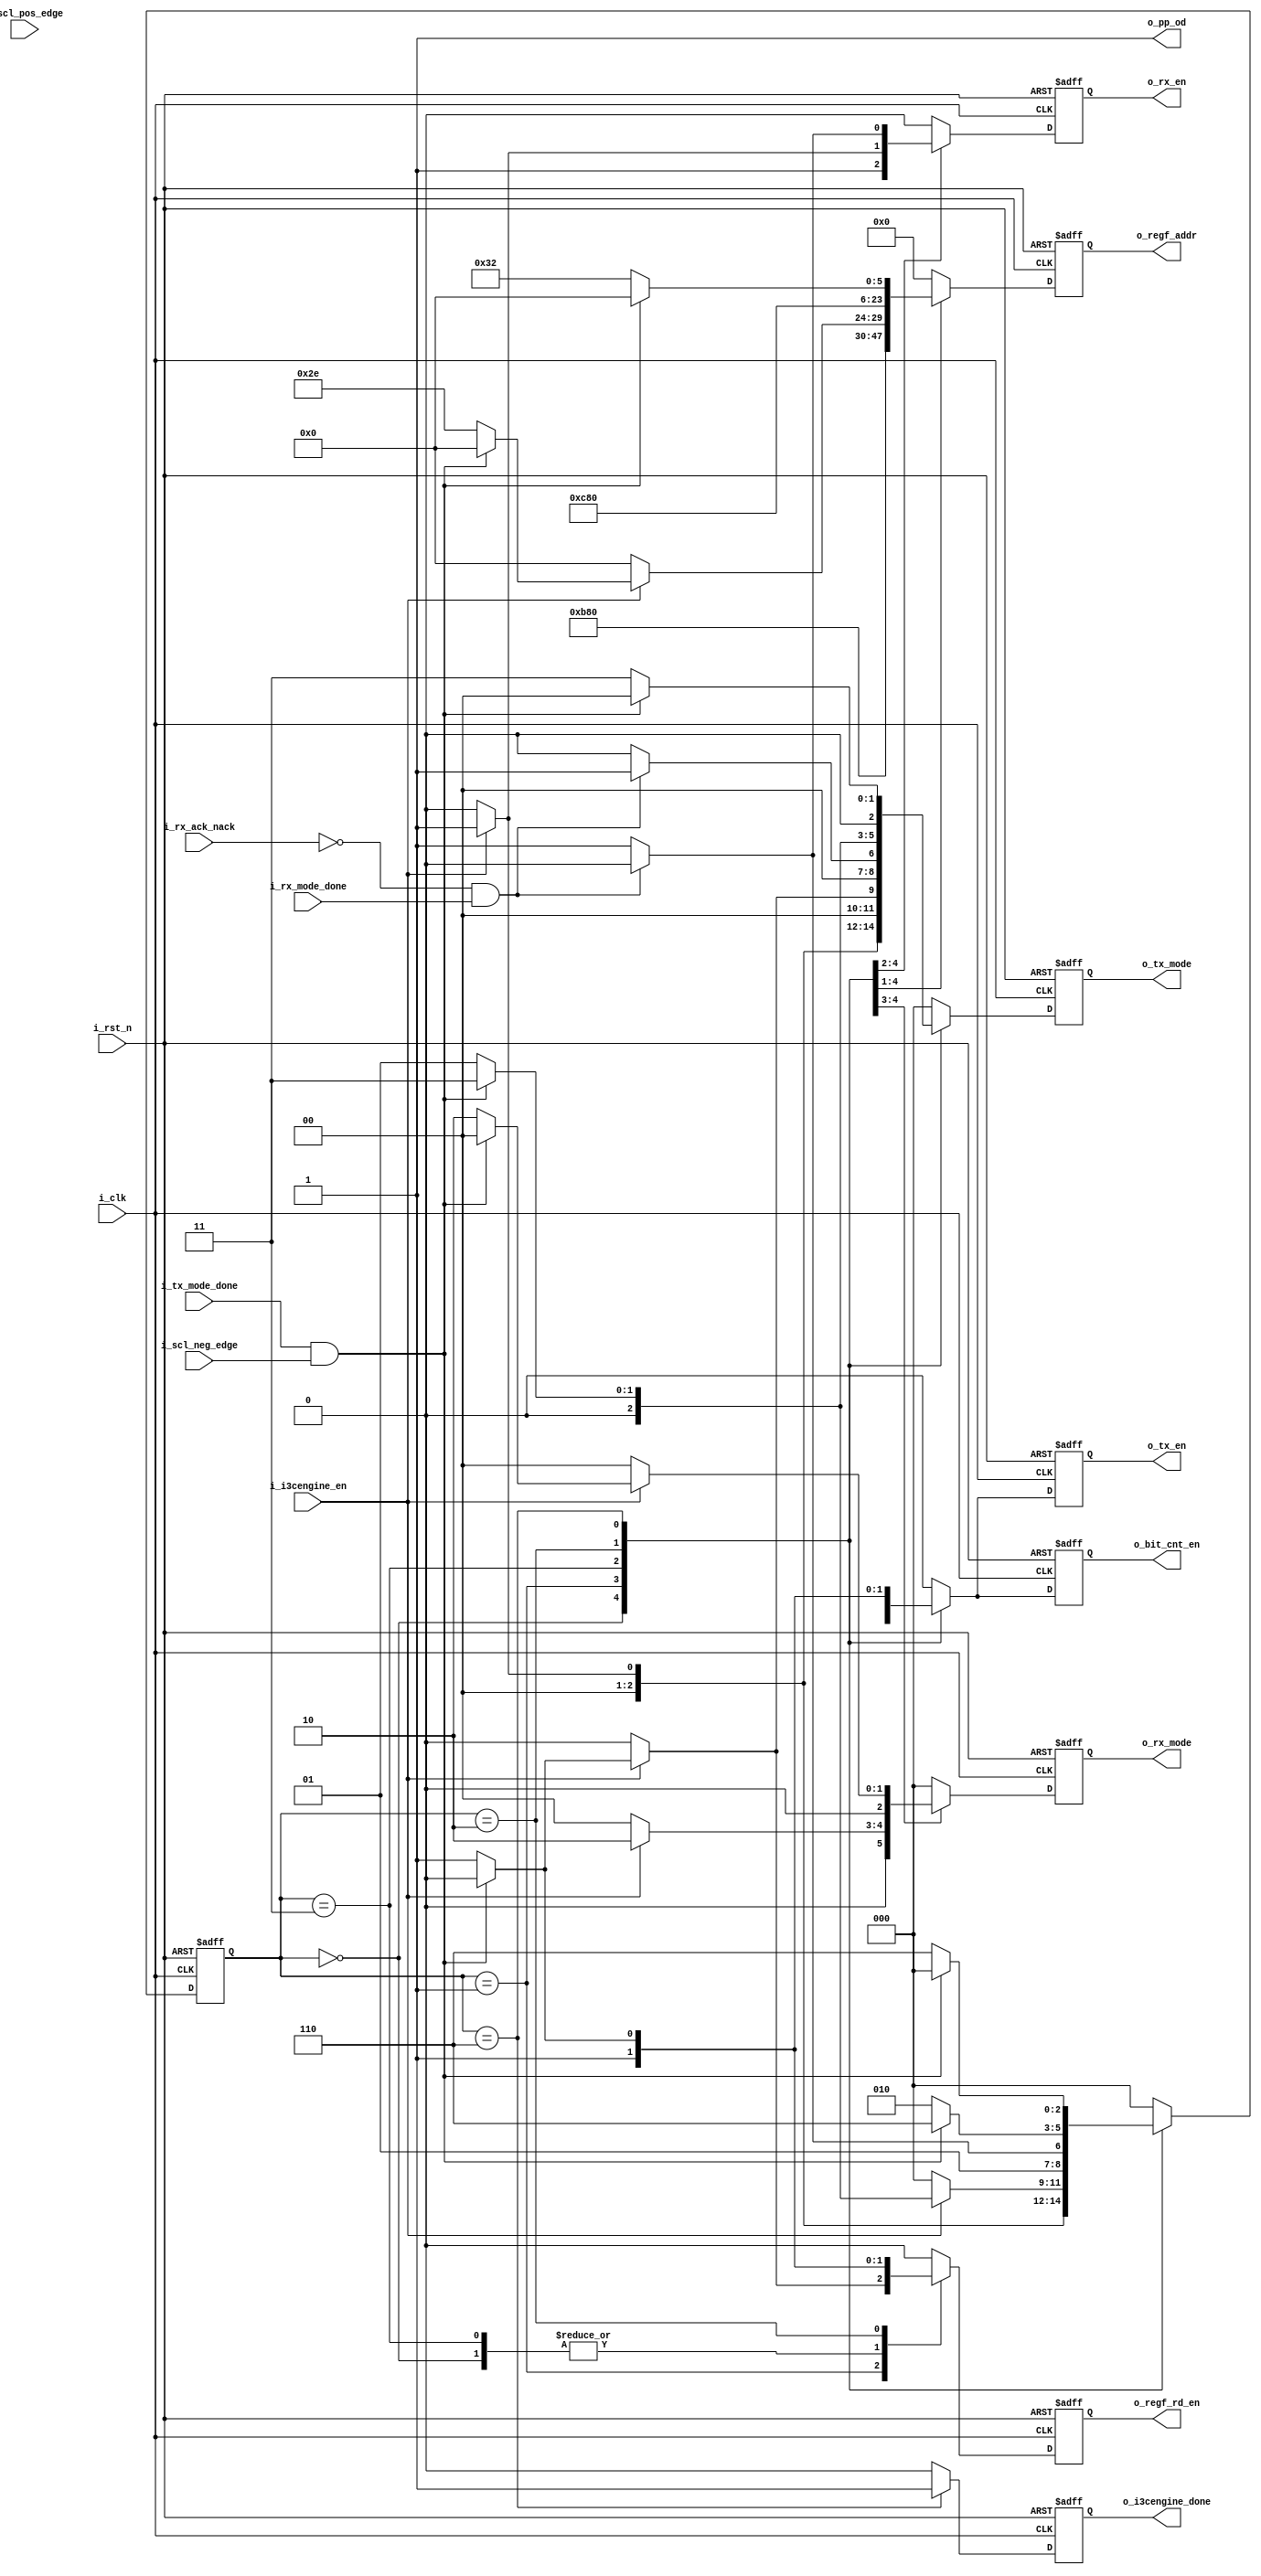
module enthdr (
  input   wire             i_clk           ,
  input   wire             i_rst_n         ,
  input   wire             i_i3cengine_en  ,
  input   wire             i_tx_mode_done  ,
  input   wire             i_rx_ack_nack   ,
  input   wire             i_scl_neg_edge  ,
  input   wire             i_rx_mode_done  ,
  input   wire             i_scl_pos_edge  ,
  
  output  wire             o_pp_od         , 
  output  reg              o_bit_cnt_en    ,   
  output  reg              o_regf_rd_en    ,
  output  reg     [11:0]   o_regf_addr     ,
  output  reg              o_tx_en         ,
  output  reg     [2:0]    o_tx_mode       ,
  output  reg              o_rx_en         ,
  output  reg     [2:0]    o_rx_mode       ,
  output  reg              o_i3cengine_done       // Flag to indicate that the CCC is sent               
  );


 //----------------Internal Signals----------------//
 
 reg [2:0] state;
 
 
 //----------------States Encoding----------------//
 localparam IDLE         = 3'b000 ;
 localparam BROADCAST    = 3'b001 ;
 localparam ACK          = 3'b011 ;
 localparam ENTHDR_DDR   = 3'b010 ;
 localparam PARITY       = 3'b110 ; 
 
 

 assign o_pp_od = 1'b1  ; 



 //----------------ENTHDR0 CCC FSM----------------//
 always@(posedge i_clk or negedge i_rst_n)
   begin
     if(!i_rst_n)
       begin
         state <= IDLE;
         o_regf_rd_en        <= 1'b0;
         o_tx_en             <= 1'b0;
         o_rx_en             <= 1'b0;
         o_i3cengine_done    <= 1'b0;
         o_tx_mode           <= 3'b0;
         o_rx_mode           <= 3'b0;
         o_regf_addr         <= 12'b0;
         o_bit_cnt_en        <= 1'b0;
       end
     else 
       begin
         o_regf_rd_en        <= 1'b0;
         o_tx_en             <= 1'b0;
         o_rx_en             <= 1'b0;
         o_i3cengine_done    <= 1'b0;
         o_tx_mode           <= 3'b0;
         o_rx_mode           <= 3'b0;
         o_regf_addr         <= 12'b0;
         o_bit_cnt_en        <= 1'b0;
        
        case(state)
           IDLE:         
             begin
              o_rx_en       <= 1'b1;
              o_regf_rd_en  <= 1'b1;
              o_regf_addr   <= 12'b000000101110;
               if (i_i3cengine_en)
                   begin
                     state         <= BROADCAST;
                     o_rx_en       <= 1'b1;   // rx block enable
                     o_rx_mode     <= 3'b010; // arbitration state   
                     
                     o_regf_rd_en  <= 1'b1;
                     o_regf_addr   <= 12'b000000101110; // 9'd46 >> broadcast address in reg file ('h7E+w)
                     o_tx_en       <= 1'b1;
                     o_tx_mode     <= 3'b001;         // serializing state in TX
                     o_bit_cnt_en  <= 1'b1;
                   end
               else 
                   begin
 
                     state         <= IDLE;
                   end
               end
 
             
 
 
           BROADCAST:  
            begin
           if (i_i3cengine_en) begin  
             if (i_tx_mode_done && i_scl_neg_edge )  // ****(scl neg edge condition check)
               begin
                state      <= ACK;
                o_rx_en    <= 1'b1;
                o_tx_en    <= 1'b0;
                o_rx_mode  <= 3'b000;  // ACK mode in rx   
                o_bit_cnt_en  <= 1'b0;
               end
             else 
               begin
                 state <= BROADCAST; 
                 o_rx_en       <= 1'b1;   // rx block enable
                 o_rx_mode     <= 3'b010; // arbitration state   
                 
                 o_regf_rd_en  <= 1'b1;
                 o_regf_addr   <= 12'b000000101110; // 9'd46 >> broadcast address in reg file ('h7E+w)
                 o_tx_en       <= 1'b1;
                 o_tx_mode     <= 3'b001;         // serializing state in TX
                 o_bit_cnt_en  <= 1'b1;
               end
            end
            else
            state <= IDLE;
          end
          

           ACK:         
            begin
            o_regf_addr         <= 'd50;
            o_regf_rd_en        <=  1'b1;
             if(!i_rx_ack_nack && i_rx_mode_done ) //if ACK next state is ENTHDR_DDR  //&& i_scl_neg_edge
               begin
                 state               <= ENTHDR_DDR;
                 o_regf_rd_en        <= 1'b1;  
                 o_regf_addr         <= 'd50;  //*** DDR Mode value added in the regfile but needs to be rechecked  
                 o_tx_mode           <= 3'b001;
                 
                 o_tx_en             <= 1'b1;
                  o_bit_cnt_en       <= 1'b1;                
               end
             else 
               begin
                 state <= ACK;    //*** check: if not ack is received, what should be done?
                 o_rx_en    <= 1'b1;
                 o_tx_en    <= 1'b0;
                 o_rx_mode  <= 3'b000;  // ACK mode in rx   
                 o_bit_cnt_en  <= 1'b0;
               end
             end
 
 
           ENTHDR_DDR: 
            begin
             if(i_tx_mode_done && i_scl_neg_edge)     // ****(scl neg edge condition check)
               begin
                 state         <= PARITY;  // next state is parity to send the T bit
                 o_tx_en       <= 1'b1;
                 o_tx_mode     <= 3'b011;
                 o_bit_cnt_en  <= 1'b1;

                 //o_i3cengine_done <= 1'b1; //editttttttttt
               end
             else
               begin
                 state               <= ENTHDR_DDR;
                 o_regf_rd_en        <= 1'b1;  
                 o_regf_addr         <= 'd50;  //*** DDR Mode value added in the regfile but needs to be rechecked  
                 o_tx_mode           <= 3'b001;
                 o_tx_en             <= 1'b1;
                 o_bit_cnt_en        <= 1'b1; 
               end
             end
 
 
           PARITY:     
            begin

              o_i3cengine_done <= 1'b1;
              if(i_tx_mode_done && i_scl_neg_edge)    ///*** T bit completion plus scl falling edge condition should be added
               begin  //( && i_scl_neg_edge)
                 o_i3cengine_done <= 1'b1;
                 state            <= IDLE;
                 o_bit_cnt_en     <= 1'b0;
                 o_tx_en          <= 1'b0;
               end
              else
               begin
                 o_i3cengine_done <= 1'b1;  //0
                 state            <= PARITY;
                 o_bit_cnt_en     <= 1'b1;
                 o_tx_en          <= 1'b1;
                 o_tx_mode        <= 3'b011;
               
               end
             end

           default:
            begin
             o_regf_rd_en        <= 1'b0;
             o_tx_en             <= 1'b0;
             o_rx_en             <= 1'b0;
             o_i3cengine_done    <= 1'b0;
             o_tx_mode           <= 3'b0;
             o_rx_mode           <= 3'b0;
             o_regf_addr         <= 12'b0;
             state               <= IDLE;
            end
         endcase
       end
   
 
   end
 
 endmodule